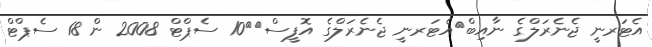
އެޓަރނީ ޖެނެރަލްގެ ނާއިބް	އެޓަރނީ ޖެނެރަލްގެ އޮފީސް		10 ސެޕްޓް 2008 ން 18 ސެޕްޓް